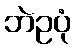
ဘဲဥပုံ